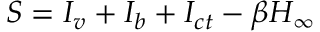
S = I _ { v } + I _ { b } + I _ { c t } - \beta H _ { \infty }